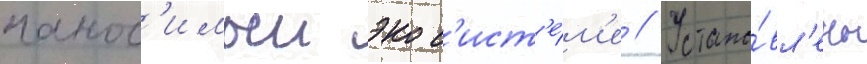
нанос'имыи экос'ист'е́м'е // Устано́вл'ены